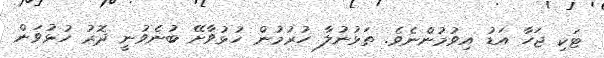
ޓަކި ޖަހާ އަޑު އިވުމުންނެވެ. ތަޅުނުލާ ހުރުމުން ހުޅުވާށޭ ބުނެވުނީ ދޮރު ހުޅުވަން